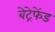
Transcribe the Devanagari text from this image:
बेट्रेफेंड